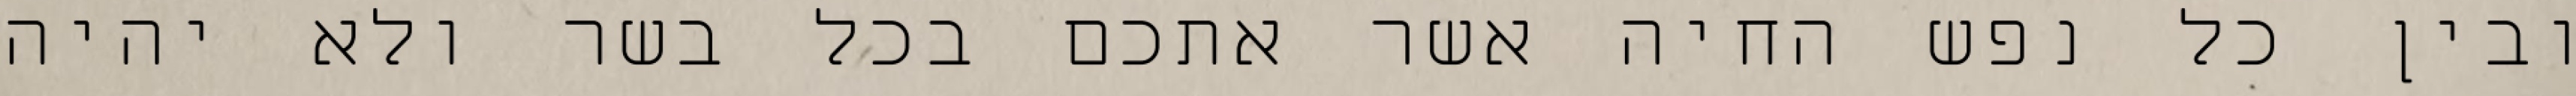
ובין כל נפש החיה אשר אתכם בכל בשר ולא יהיה